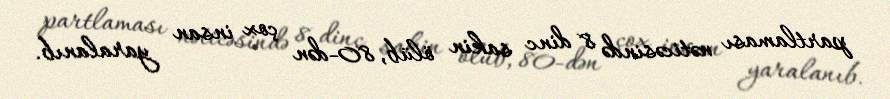
partlaması nəticəsində 8 dinc sakin ölüb, 80-dən çox insan yaralanıb.